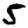
Digit: 5